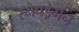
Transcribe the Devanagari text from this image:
स्नैपड्रेगन